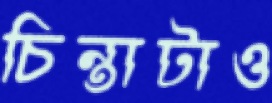
চিন্তাটাও